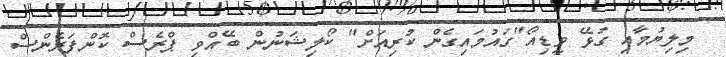
މިލިޔުމާއި ގުޅޭ ވީޑިއޯ"ގައުމައިގެން ކުރިއަށް" ކޯލިޝަނުން ބޭއްވި ޕްރެސް ކޮންފަރެންސް